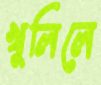
খুলিলে